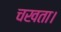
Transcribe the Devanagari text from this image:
चखता।